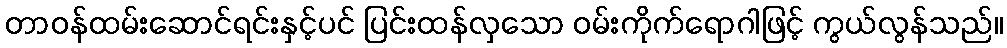
တာဝန်ထမ်းဆောင်ရင်းနှင့်ပင် ပြင်းထန်လှသော ဝမ်းကိုက်ရောဂါဖြင့် ကွယ်လွန်သည်။